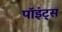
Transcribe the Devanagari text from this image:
पॉइंट्‌स